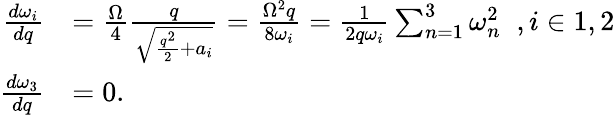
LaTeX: \begin{array}{rl}{\frac{d\omega_{i}}{dq}}&{=\frac{\Omega}{4}\frac{q}{\sqrt{\frac{q^{2}}{2}+a_{i}}}=\frac{\Omega^{2}q}{8\omega_{i}}=\frac{1}{2q\omega_{i}}\sum_{n=1}^{3}\omega_{n}^{2}\; \; ,i\in{1,2}}\\ {\frac{d\omega_{3}}{dq}}&{=0.}\end{array}